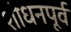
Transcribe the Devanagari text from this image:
शोधनपूर्व